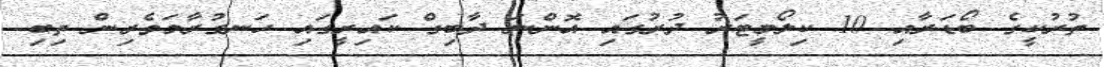
ތުރުކީގެ ބޯޑަރާއި 10 ކިލޯމީޓަރު ދުރުގައި އޮންނަ ދާބިގް ކައިރީގައި ހަނގުރާމަވެރިން ތިބި